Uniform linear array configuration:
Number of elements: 64
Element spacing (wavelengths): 0.5
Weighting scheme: blackman
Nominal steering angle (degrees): -45
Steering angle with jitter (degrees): -43.59
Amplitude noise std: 0.05
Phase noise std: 0.05

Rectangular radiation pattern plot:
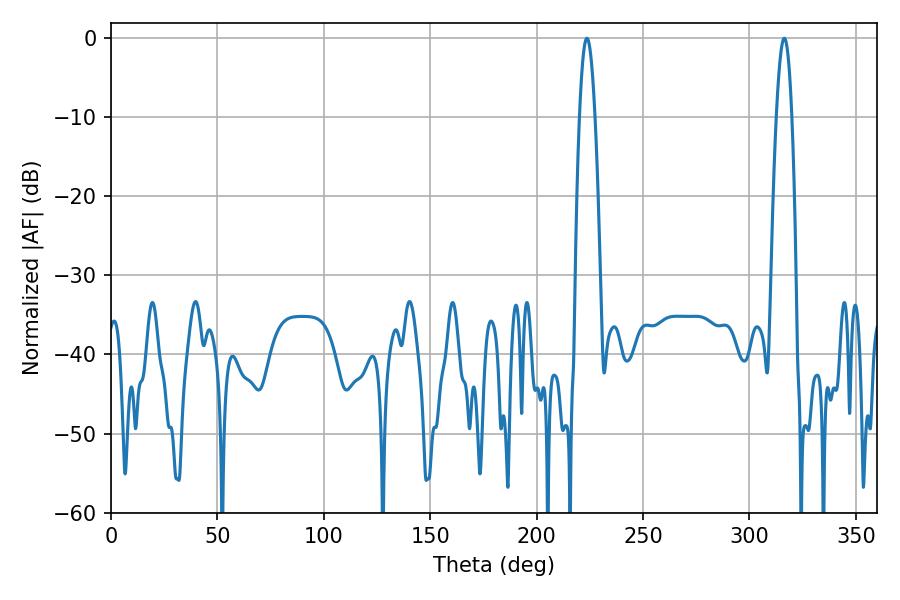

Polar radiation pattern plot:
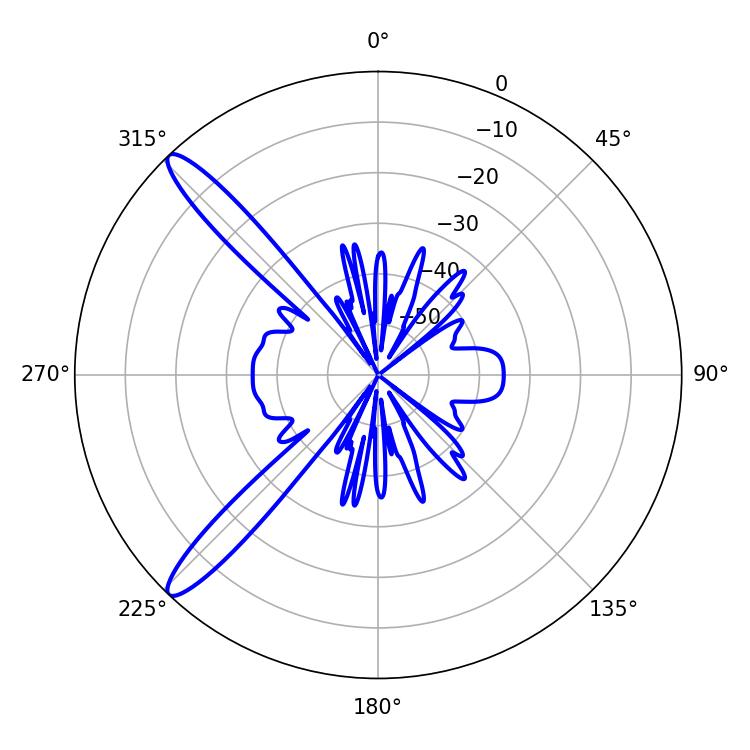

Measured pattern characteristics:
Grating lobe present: FALSE
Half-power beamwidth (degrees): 3.96
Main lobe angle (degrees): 223.56